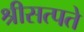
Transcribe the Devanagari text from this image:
श्रीसत्पते